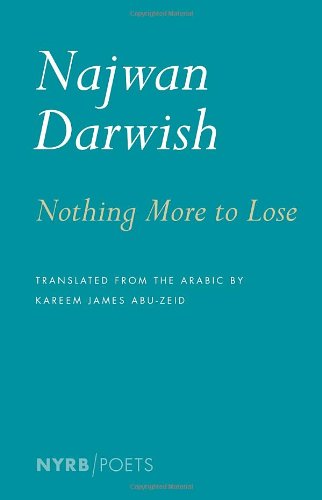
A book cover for Nothing More to Lose (NYRB/Poets); Najwan Darwish; Literature & Fiction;